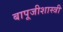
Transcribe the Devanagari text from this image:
बापूजीशास्त्री